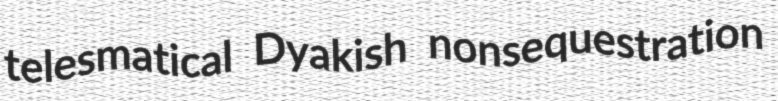
telesmatical Dyakish nonsequestration